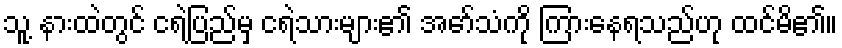
သူ့ နားထဲတွင် ငရဲပြည်မှ ငရဲသားများ၏ အော်သံကို ကြားနေရသည်ဟု ထင်မိ၏။